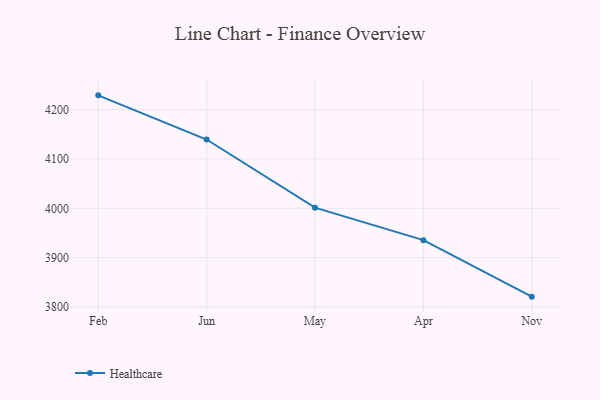
{"axis": {"x": "Month", "y": "Inventory Turnover"}, "legend": ["Healthcare"], "data": [{"x": "Feb", "y": 4228.9, "type": "Healthcare"}, {"x": "Jun", "y": 4139.4, "type": "Healthcare"}, {"x": "May", "y": 4001.3, "type": "Healthcare"}, {"x": "Apr", "y": 3935.5, "type": "Healthcare"}, {"x": "Nov", "y": 3821.0, "type": "Healthcare"}]}